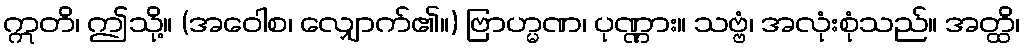
ဣတိ၊ ဤသို့။ (အဝေါစ၊ လျှောက်၏။) ဗြာဟ္မဏ၊ ပုဏ္ဏား။ သဗ္ဗံ၊ အလုံးစုံသည်။ အတ္ထိ၊